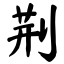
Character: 荆